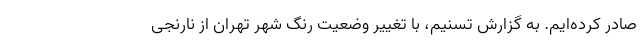
صادر کرده‌ایم. به گزارش تسنیم، با تغییر وضعیت رنگ شهر تهران از نارنجی